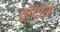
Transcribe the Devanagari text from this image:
तोदोस